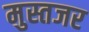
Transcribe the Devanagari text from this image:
मुस्तजर